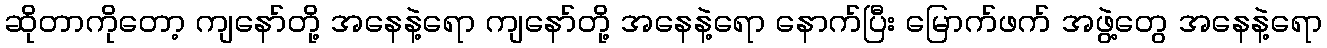
ဆိုတာကိုတော့ ကျနော်တို့ အနေနဲ့ရော ကျနော်တို့ အနေနဲ့ရော နောက်ပြီး မြောက်ဖက် အဖွဲ့တွေ အနေနဲ့ရော